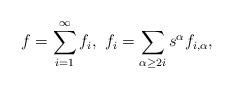
LaTeX: \begin{align*}f=\sum_{i=1}^{\infty} f_{i}, \ f_{i}=\sum\limits_{\alpha\geq 2i} s^{\alpha}f_{i,\alpha},\end{align*}